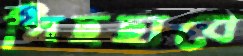
পিছছাবে